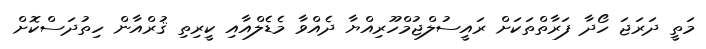
މަތީ ދަރަޖަ ހޯދާ ފަރާތްތަކަށް ރައީސުލްޖުމްހޫރިއްޔާ ދެއްވާ މެޑެލްއާއި ކީރިތި ޤުރްއާން ހިތުދަސްކޮށް